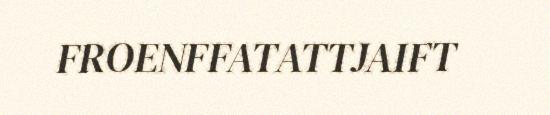
FROENFFATATTJAIFT